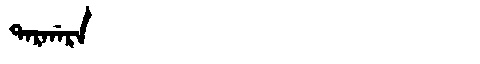
Manchu: ᡨᠠᡵᡤᠠᡵᠠ
Romanization: TARGARA